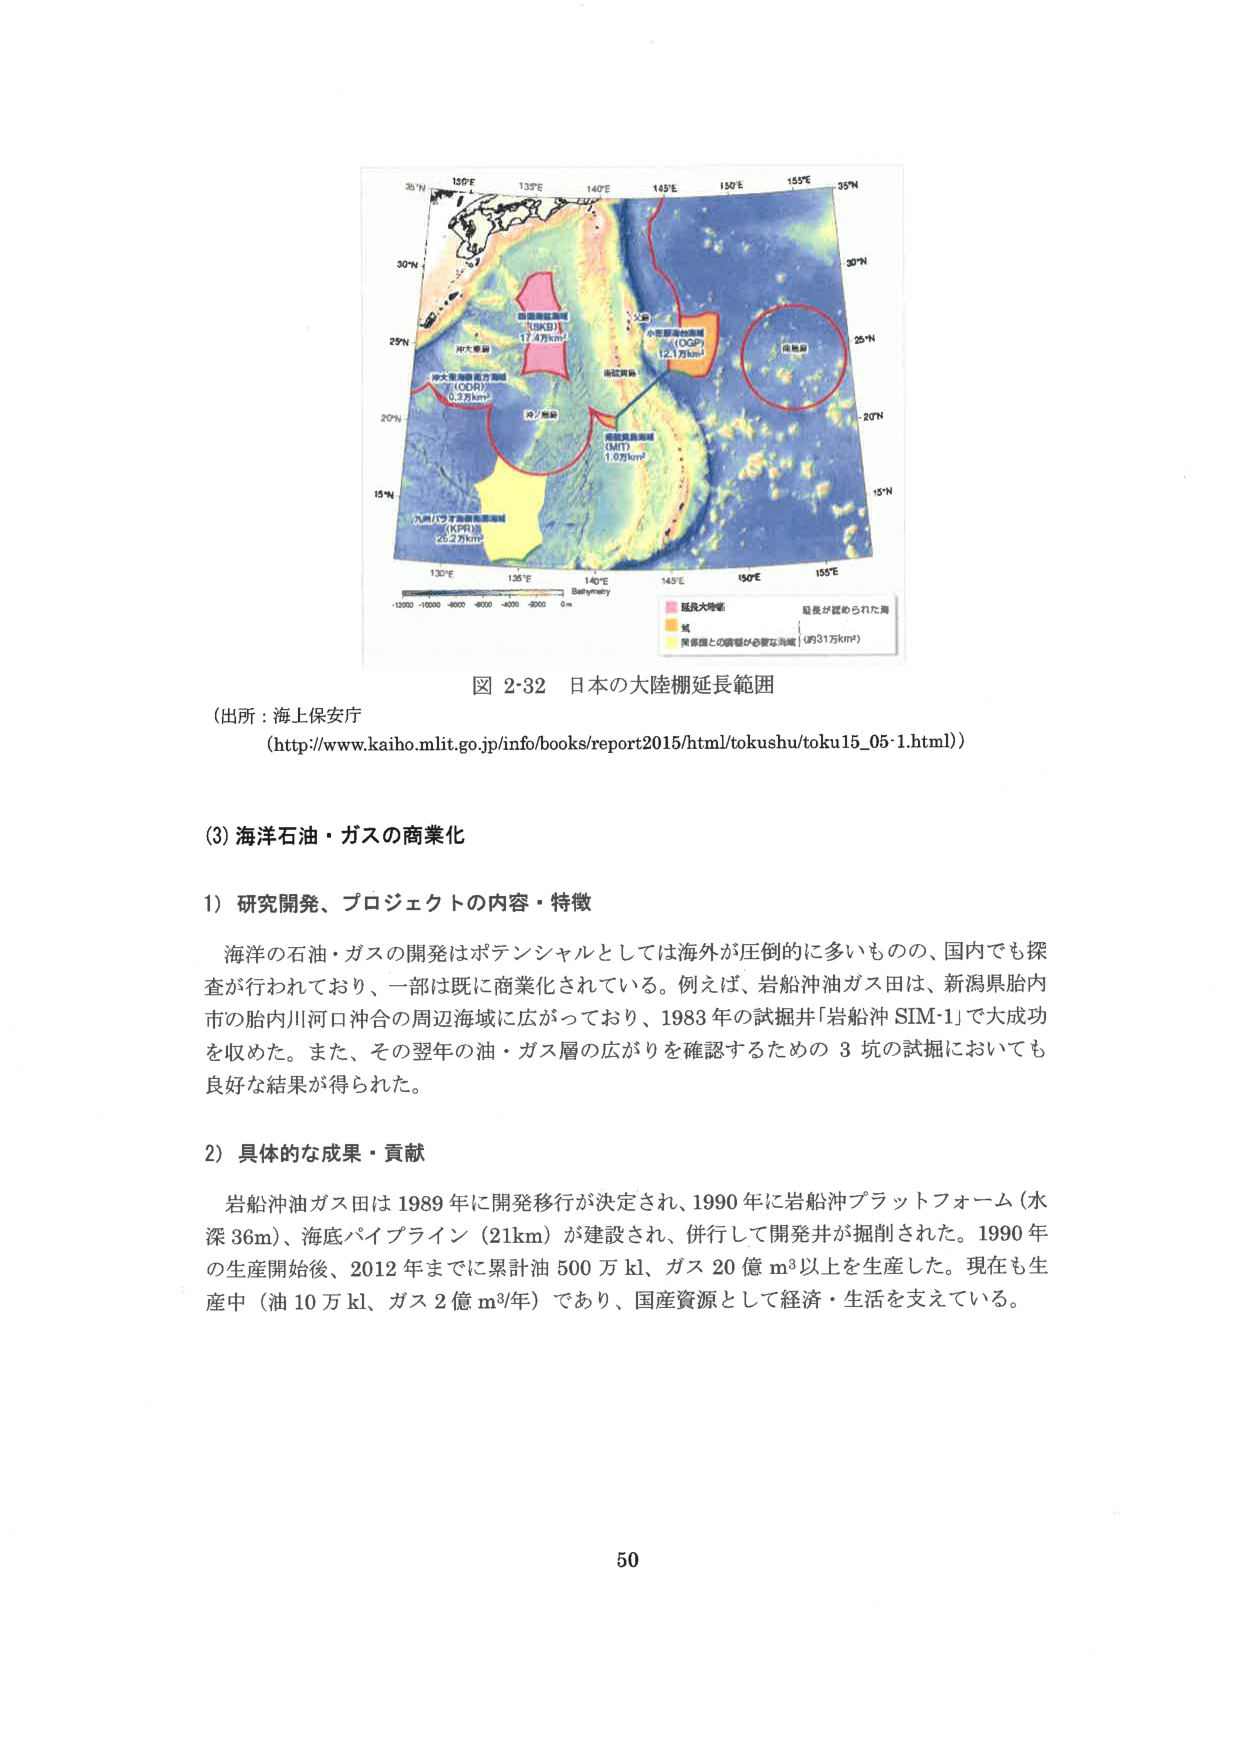
図 2-32 日本の大陸棚延長範囲
（出所：海上保安庁
（http://www.kaiho.mlit.go.jp/info/books/report2015/html/tokushu/toku15_05-1.html））

(3) 海洋石油・ガスの商業化

1）研究開発、プロジェクトの内容・特徴
海洋の石油・ガスの開発はポテンシャルとしては海外が圧倒的に多いものの、国内でも探査が行われており、一部は既に商業化されている。例えば、岩船沖油ガス田は、新潟県胎内市の胎内川河口沖合の周辺海域に広がっており、1983年の試掘井「岩船沖 SIM-1」で大成功を収めた。また、その翌年の油・ガス層の広がりを確認するための 3 坑の試掘においても良好な結果が得られた。

2）具体的な成果・貢献
岩船沖油ガス田は 1989 年に開発移行が決定され、1990 年に岩船沖プラットフォーム（水深 36m）、海底パイプライン（21km）が建設され、併行して開発井が掘削された。1990 年の生産開始後、2012 年までに累計油 500 万 kl、ガス 20 億 m³以上を生産した。現在も生産中（油 10 万 kl、ガス 2 億 m³/年）であり、国産資源として経済・生活を支えている。

50